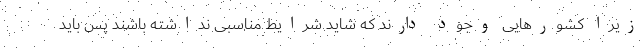
زیرا کشورهایی وجود دارند که شاید شرایط مناسبی نداشته باشند پس باید